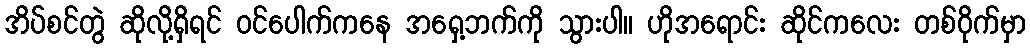
အိပ်စင်တွဲ ဆိုလို့ရှိရင် ဝင်ပေါက်ကနေ အရှေ့ဘက်ကို သွားပါ။ ဟိုအရောင်း ဆိုင်ကလေး တစ်ဝိုက်မှာ